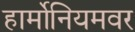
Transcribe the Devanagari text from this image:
हार्मोनियमवर